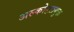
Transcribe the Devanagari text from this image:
अल्कोहलयुक्त